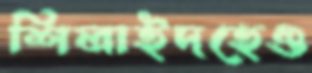
শিলাইদহেও